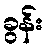
ခွန်း